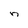
Character: n